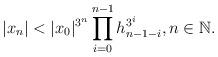
LaTeX: \begin{align*} |x_n| < |x_0|^{{3}^{n}}\prod_{i=0}^{n-1} h_{n-1-i}^{{3}^{i}}, n \in \mathbb N.\end{align*}